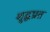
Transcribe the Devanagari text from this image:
शुद्धप्रत